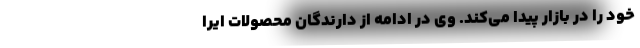
خود را در بازار پیدا می‌کند. وی در ادامه از دارندگان محصولات ایرا